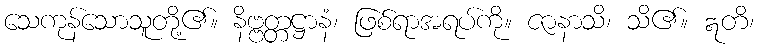
သေကုန်သောသူတို့၏။ နိဗ္ဗတ္တဋ္ဌာနံ၊ ဖြစ်ရာအရပ်ကို။ ဇာနာသိ၊ သိ၏။ ဣတိ၊